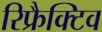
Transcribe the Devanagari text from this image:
रिफ्रैक्टिव